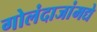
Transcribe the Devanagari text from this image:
गोलंदाजांमद्ये